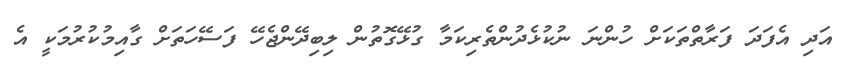
އަދި އެފަދަ ފަރާތްތަކަށް ހުންނަ ނުކުޅެދުންތެރިކަމާ ގުޅޭގޮތުން ލިބިދޭންޖެހޭ ފަސޭހަތަށް ގާއިމުކުރުމަކީ އެ